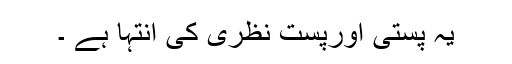
یہ پستی اورپست نظری کی انتہا ہے ۔